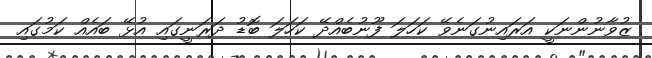
ޒުވާނުންނަކީ އަރައިނުގަނެވޭ ކަހަލަ ފޫނުބެއްދޭ ކަހަލަ ބޮޑު ދަރަނީގައި އުޅޭ ބައެއް ކަމުގައި